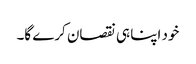
خود اپنا ہی نقصان کرے گا۔